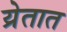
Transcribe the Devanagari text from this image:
य्रेतात